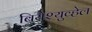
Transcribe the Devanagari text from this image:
बियेश्युव्हेल